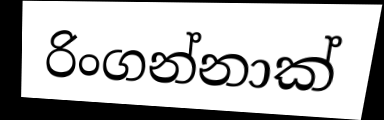
රිංගන්නාක්